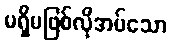
မရှိမဖြစ်လိုအပ်သော